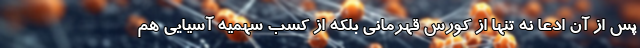
پس از آن ادعا نه تنها از کورس قهرمانی بلکه از کسب سهمیه آسیایی هم